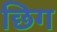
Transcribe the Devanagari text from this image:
छिग